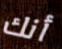
أنك